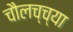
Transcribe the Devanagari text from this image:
चौलच्च्या